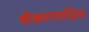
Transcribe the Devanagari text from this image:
श्रीकरणाधिप